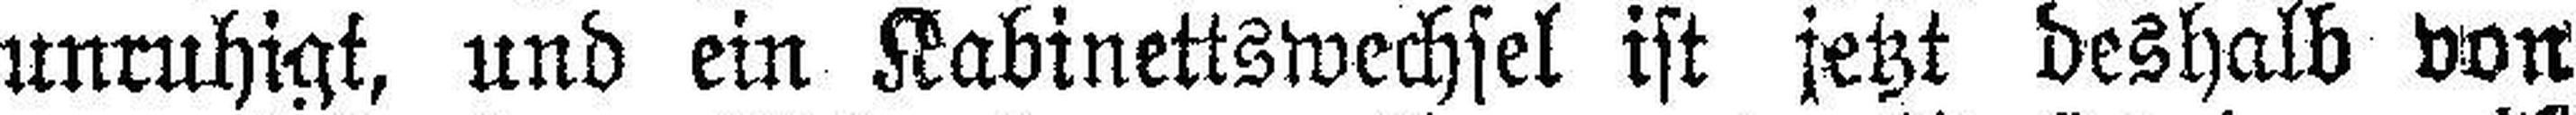
unruhigt, und ein Kabinettswechsel ist jetzt deshalb von